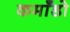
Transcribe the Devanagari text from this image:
कमाँडो